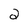
Character: 2